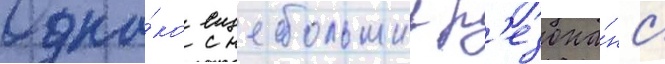
Одна́ко еще большии р'езона́нс